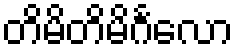
တိမိတိမိင်္ဂလော